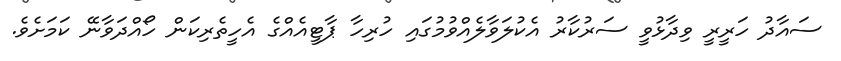
ސައާދު ހަރީރީ ވިދާޅުވީ ސަރުކާރު އެކުލަވާލެއްވުމުގައި ހުރިހާ ޕާޓީއެއްގެ އެހީތެރިކަން ހޯއްދަވާނޭ ކަމަށެވެ.